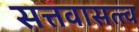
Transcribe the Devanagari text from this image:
सत्तवासत्त्व